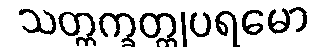
သတ္တက္ခတ္တုပရမော